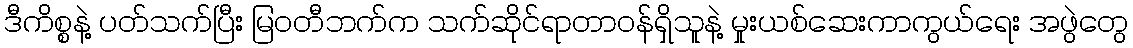
ဒီကိစ္စနဲ့ ပတ်သက်ပြီး မြဝတီဘက်က သက်ဆိုင်ရာတာဝန်ရှိသူနဲ့ မှုးယစ်ဆေးကာကွယ်ရေး အဖွဲတွေ